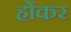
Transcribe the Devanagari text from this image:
होंकर